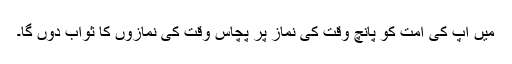
میں آپ کی امّت کو پانچ وقت کی نماز پر پچاس وقت کی نمازوں کا ثواب دوں گا۔